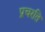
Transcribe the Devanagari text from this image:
प्रचरति